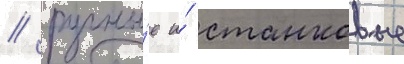
/ ручны́е и́ станковые